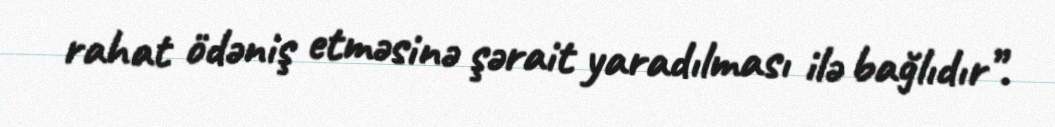
rahat ödəniş etməsinə şərait yaradılması ilə bağlıdır”.